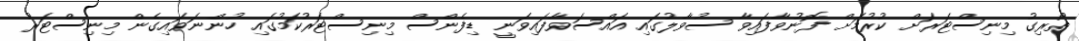
ތޯރިގު މިނިސްޓަރަށް ކުރުމަށް ފޮނުވާފައިވާ ސުވާލުގައި އައްސަވާފައިވަނީ ޑިފެންސް މިނިސްޓަރުކަމުގައި ހުންނަވައިގެން މިނިސްޓަރު